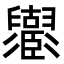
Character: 𦦶